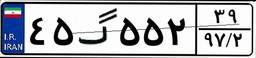
۴۵گ۵۵۲۳۹